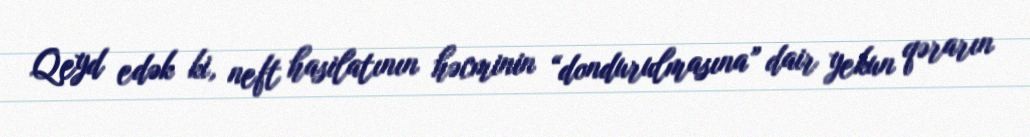
Qeyd edək ki, neft hasilatının həcminin “dondurulmasına” dair yekun qərarın